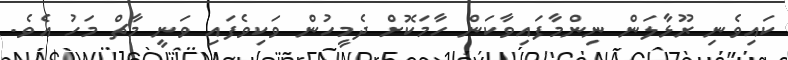
ކައިވެނި ރޫޅާލަން ނިންމާފައިވާކަން ހާމަކޮށް ދެމީހުން ވަކިވެފައި ވަނީ މާޗް މަހު އެވެ.